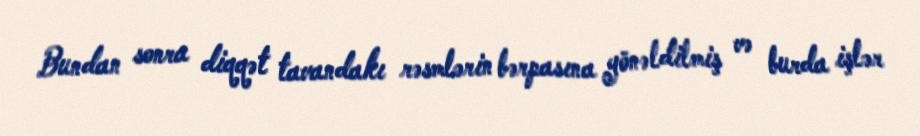
Bundan sonra diqqət tavandakı rəsmlərin bərpasına yönəldilmiş və burda işlər